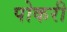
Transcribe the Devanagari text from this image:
पोकरी